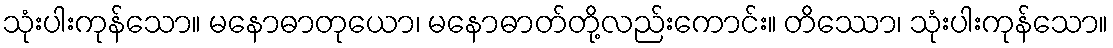
သုံးပါးကုန်သော။ မနောဓာတုယော၊ မနောဓာတ်တို့လည်းကောင်း။ တိဿော၊ သုံးပါးကုန်သော။